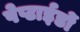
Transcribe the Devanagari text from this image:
पेप्टाईडों